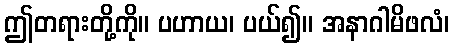
ဤတရားတို့ကို။ ပဟာယ၊ ပယ်၍။ အနာဂါမိဖလံ၊